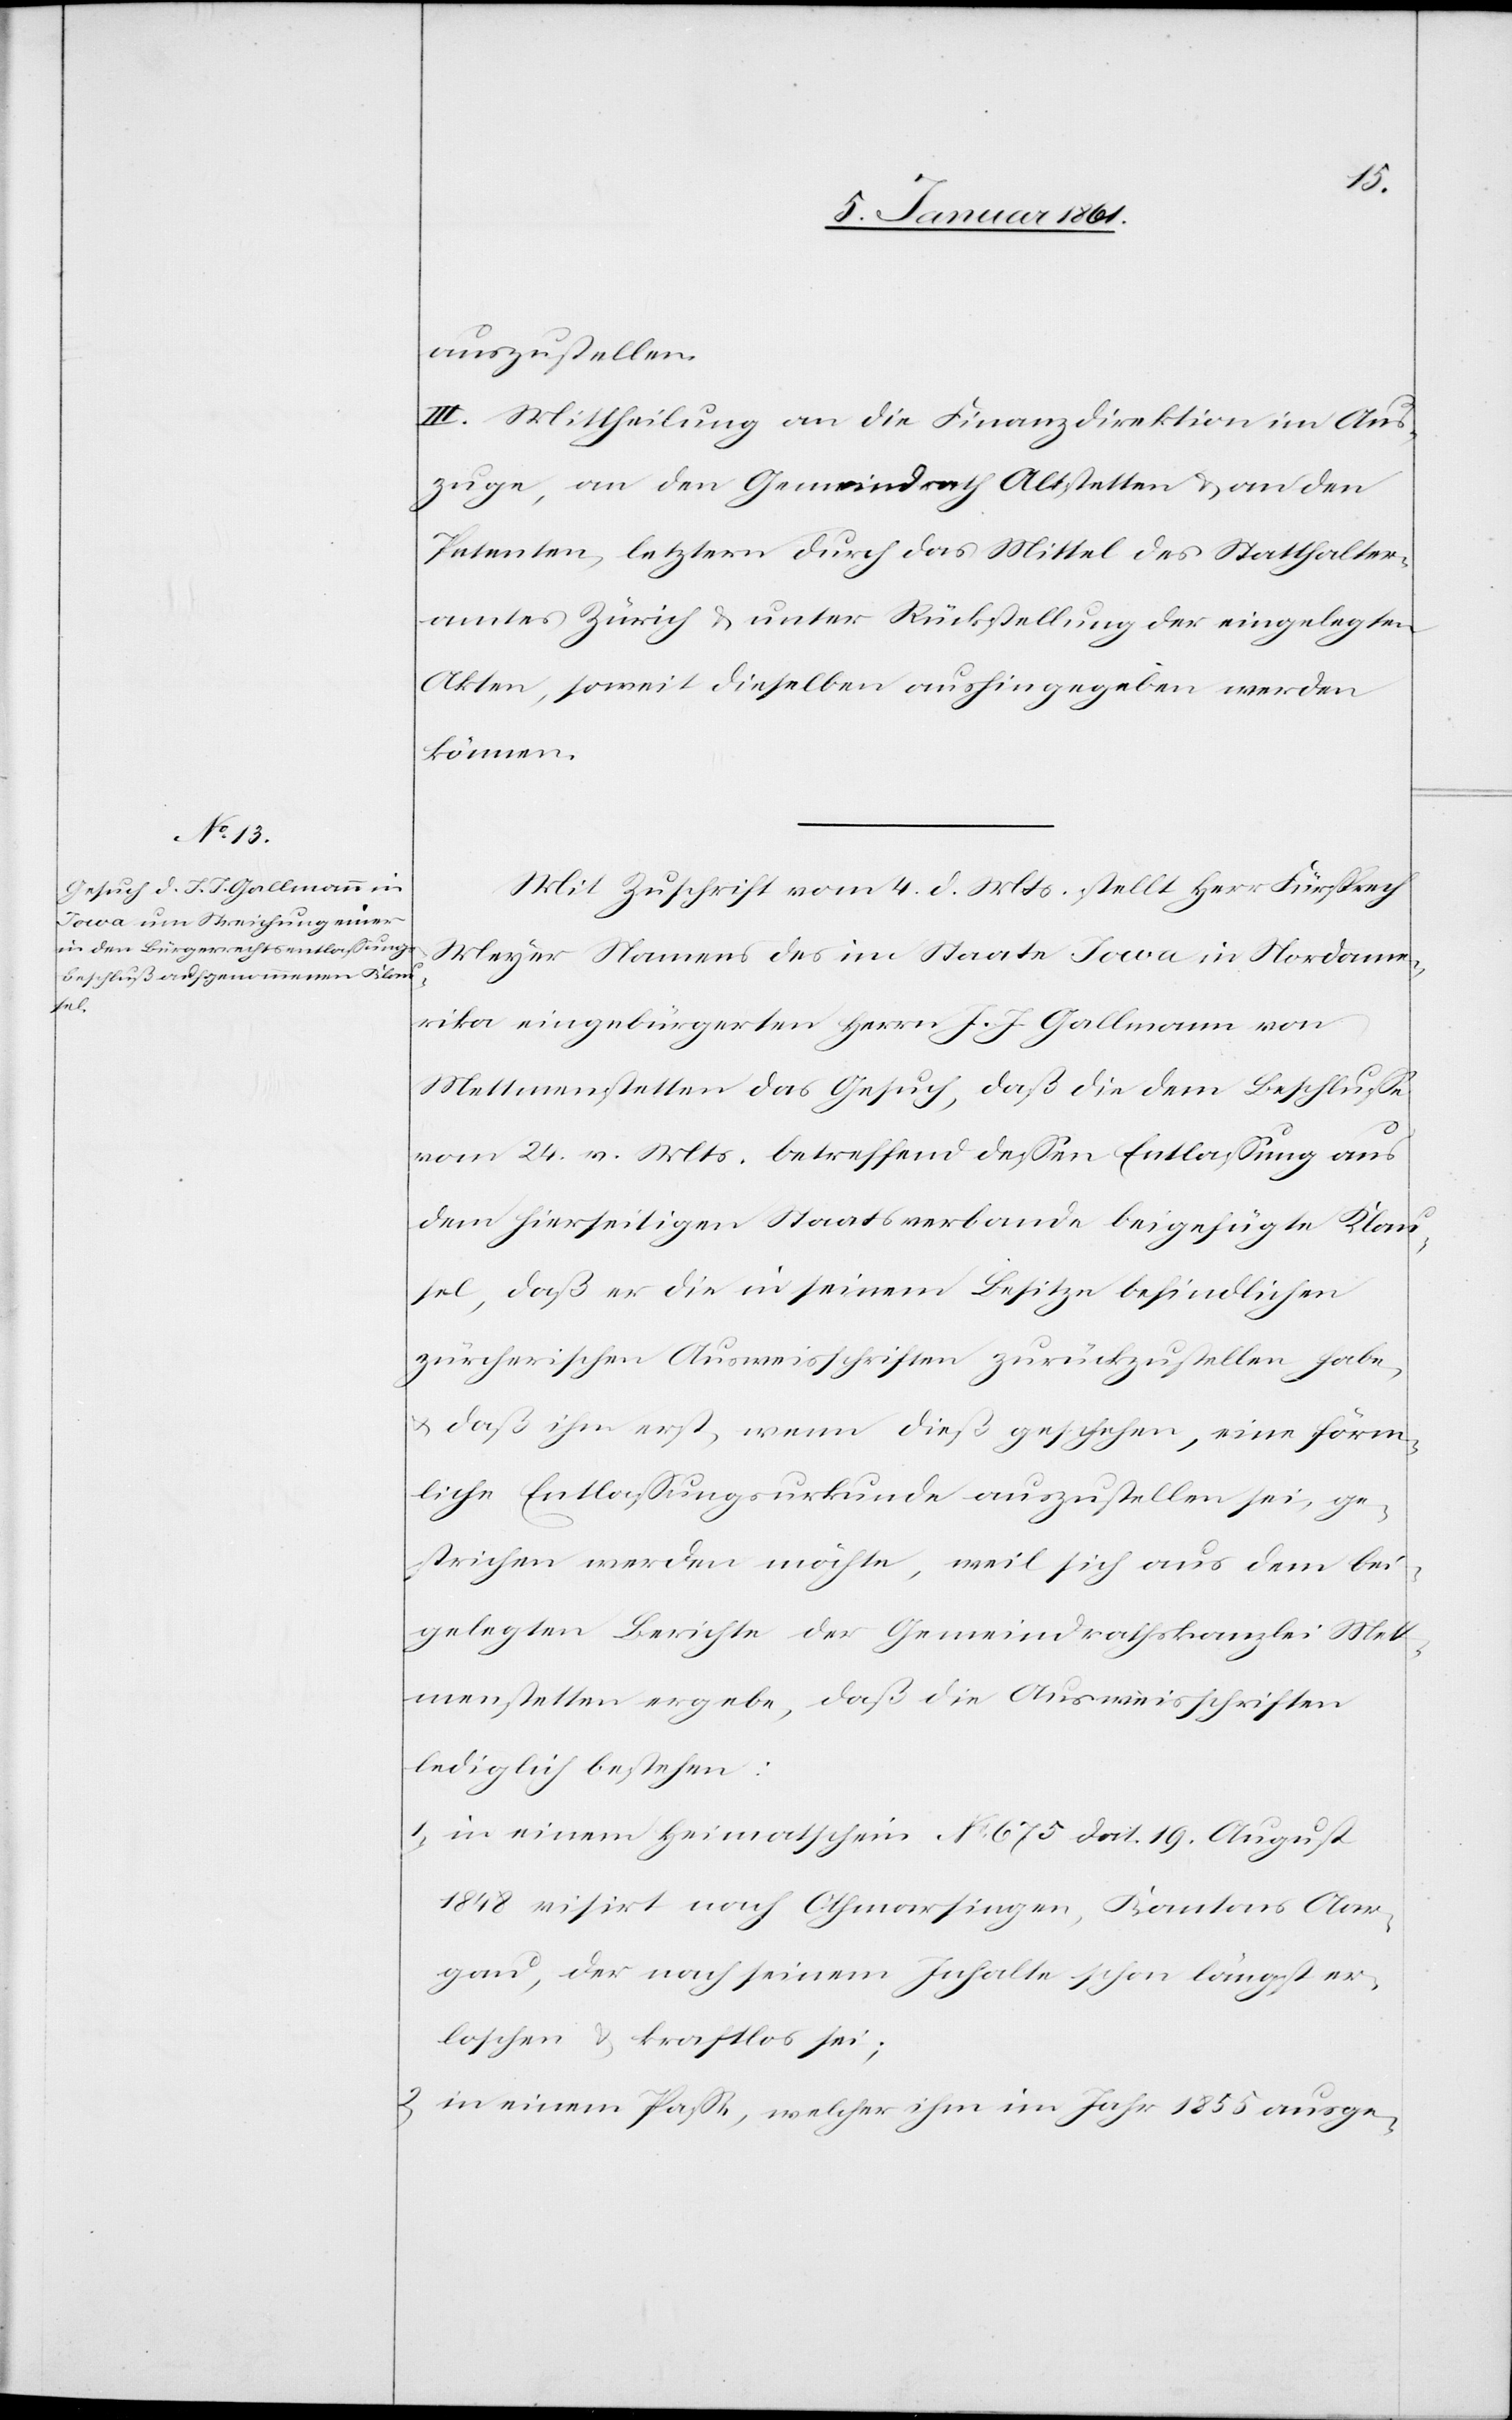
auszustellen.
III. Mittheilung an die Finanzdirektion im Aus¬
zuge, an den Gemeindrath Altstetten u. an den
Petenten, letztern durch das Mittel des Statthalter¬
amtes Zürich u. unter Rückstellung der eingelegten
Akten, soweit dieselben aushingegeben werden
können.
Mit Zuschrift vom 4. d. Mts. stellt Herr Fürsprech
Meyer Namens des im Staate Iowa in Nordame¬
rika eingebürgerten Herrn J. J. Gallmann von
Mettmenstetten das Gesuch, daß die dem Beschlusse
vom 24. v. Mts. betreffend dessen Entlassung aus
dem hierseitigen Staatsverbande beigefügte Klau¬
sel, daß er die in seinem Besitze befindlichen
zürcherischen Ausweisschriften zurückzustellen habe,
u. daß ihm erst, wenn dieß geschehen, eine förm¬
liche Entlassungsurkunde auszustellen sei, ge¬
strichen werden möchte, weil sich aus dem bei¬
gelegten Berichte der Gemeindrathskanzlei Mett¬
menstetten ergeben, daß die Ausweisschriften
lediglich bestehen:
1) in einem Heimatschein No 675 dat. 19. August
1848 visirt nach Othmarsingen, Kantons Aar¬
gau, der nach seinem Inhalte schon längst er¬
loschen u. kraftlos sei;
2) in einem Passe, welcher ihm im Jahr 1855 ausge-